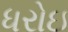
ધરોઇ